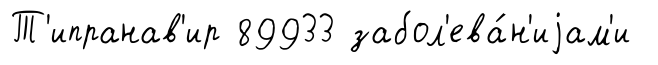
Т'ипранав'ир 89933 забол'ева́н'иjам'и